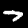
Label: 7